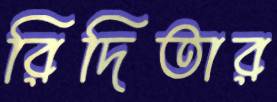
রিদিতার